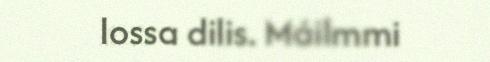
lossa dilis. Máilmmi